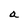
Character: a